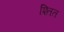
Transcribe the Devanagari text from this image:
श्तित